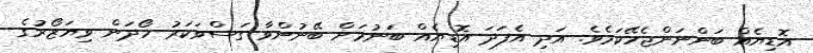
އޮޑިޔެއް ބަންނަންޖެހޭކަމެވެ. އަދި އެފަދަ އޮޑިޔެއް ބަނުމަށް ބޭނުންވާ ގަސްވަކަރު ހޯދަން ވިޔަޒޯރުގެ